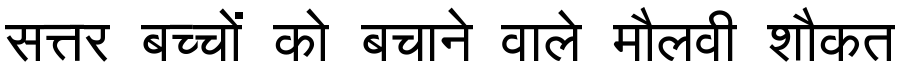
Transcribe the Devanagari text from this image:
सत्तर बच्चों को बचाने वाले मौलवी शौकत